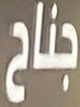
جناح